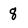
Character: 8